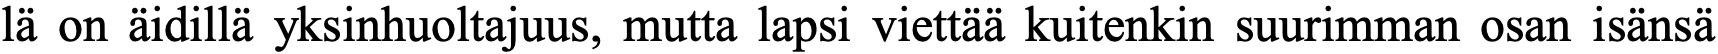
lä on äidillä yksinhuoltajuus, mutta lapsi viettää kuitenkin suurimman osan isänsä